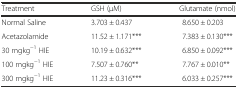
<table><thead><tr><td><b>Treatment</b></td><td><b>GSH (μM)</b></td><td><b>Glutamate (nmol)</b></td></tr></thead><tbody><tr><td>Normal Saline</td><td>3.703 ± 0.437</td><td>8.650 ± 0.203</td></tr><tr><td>Acetazolamide</td><td>11.52 ± 1.171***</td><td>7.383 ± 0.130***</td></tr><tr><td>30 mgkg<sup>−1</sup> HIE</td><td>10.19 ± 0.632***</td><td>6.850 ± 0.092***</td></tr><tr><td>100 mgkg<sup>−1</sup> HIE</td><td>7.507 ± 0.760**</td><td>7.767 ± 0.010**</td></tr><tr><td>300 mgkg<sup>−1</sup> HIE</td><td>11.23 ± 0.316***</td><td>6.033 ± 0.257***</td></tr></tbody></table>